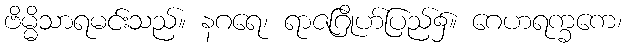
ဗိမ္မိသာရမင်းသည်။ နဂရေ၊ ရာဇဂြိုဟ်ပြည်၌။ ဂေဟရက္ခကေ၊